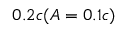
0 . 2 c ( A = 0 . 1 c )